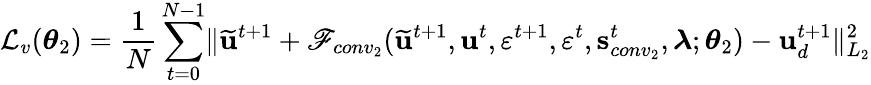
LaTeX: \mathcal{L}_{v}(\boldsymbol{\theta}_{2})=\frac{1}{N}\sum_{t=0}^{N-1}\lVert\widetilde{\mathbf{u}}^{t+1}+\mathscr{F}_{conv_{2}}(\mathbf{\widetilde{u}}^{t+1},\mathbf{u}^{t},\varepsilon^{t+1},\varepsilon^{t},\mathbf{s}_{conv_{2}}^{t},\boldsymbol{\lambda};\boldsymbol{\theta}_{2})-\mathbf{u}_{d}^{t+1}\rVert_{L_{2}}^{2}